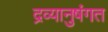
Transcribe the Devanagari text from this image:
द्रव्यानुषंगत